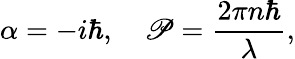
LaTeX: \alpha=-i\hbar,\quad\mathscr{P}=\frac{2\pi n\hbar}{\lambda},